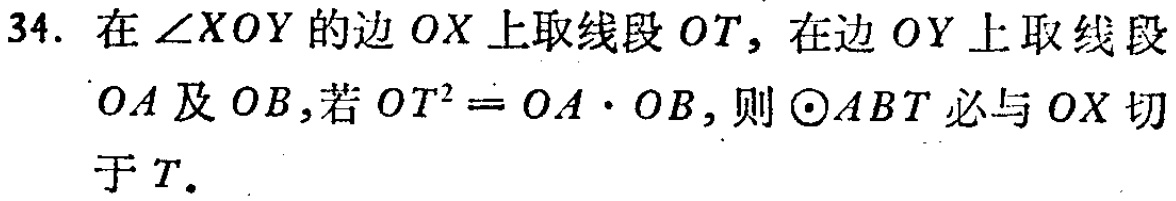
34. 在$\angle XOY$的边$OX$上取线段$OT$，在边$OY$上取线段$OA$及$OB$，若$OT^{2}=OA\cdot OB$，则$\odot ABT$必与$OX$切于$T.$